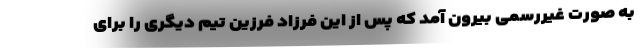
به صورت غیررسمی بیرون آمد که پس از این فرزاد فرزین تیم دیگری را برای